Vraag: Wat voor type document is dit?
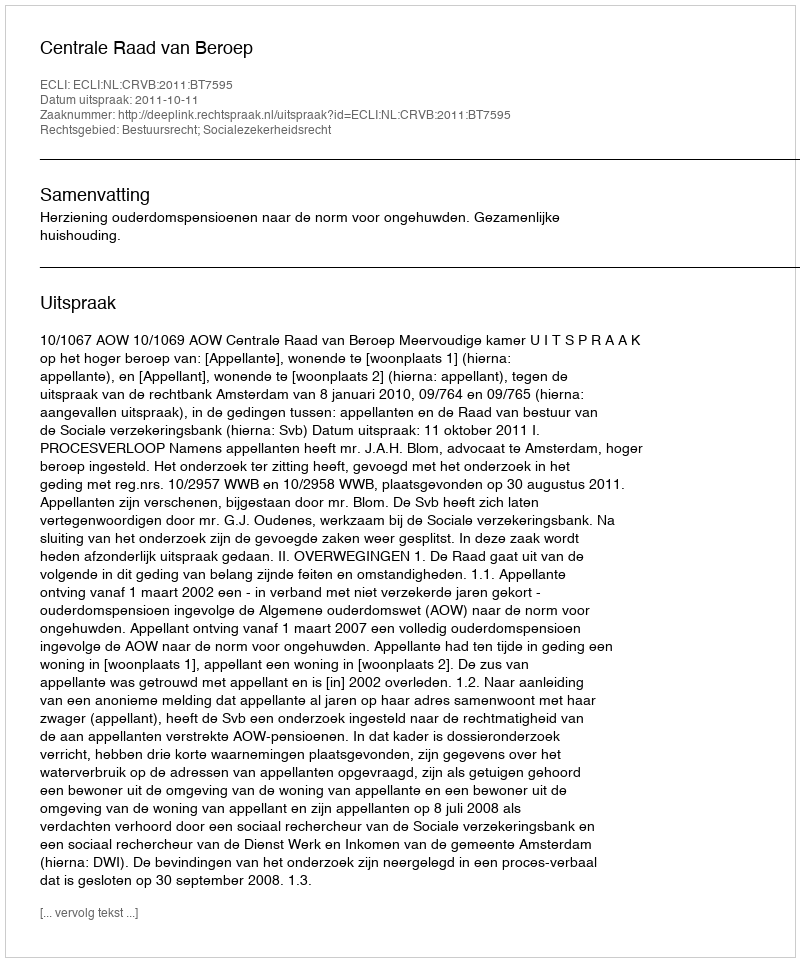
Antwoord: Uitspraak